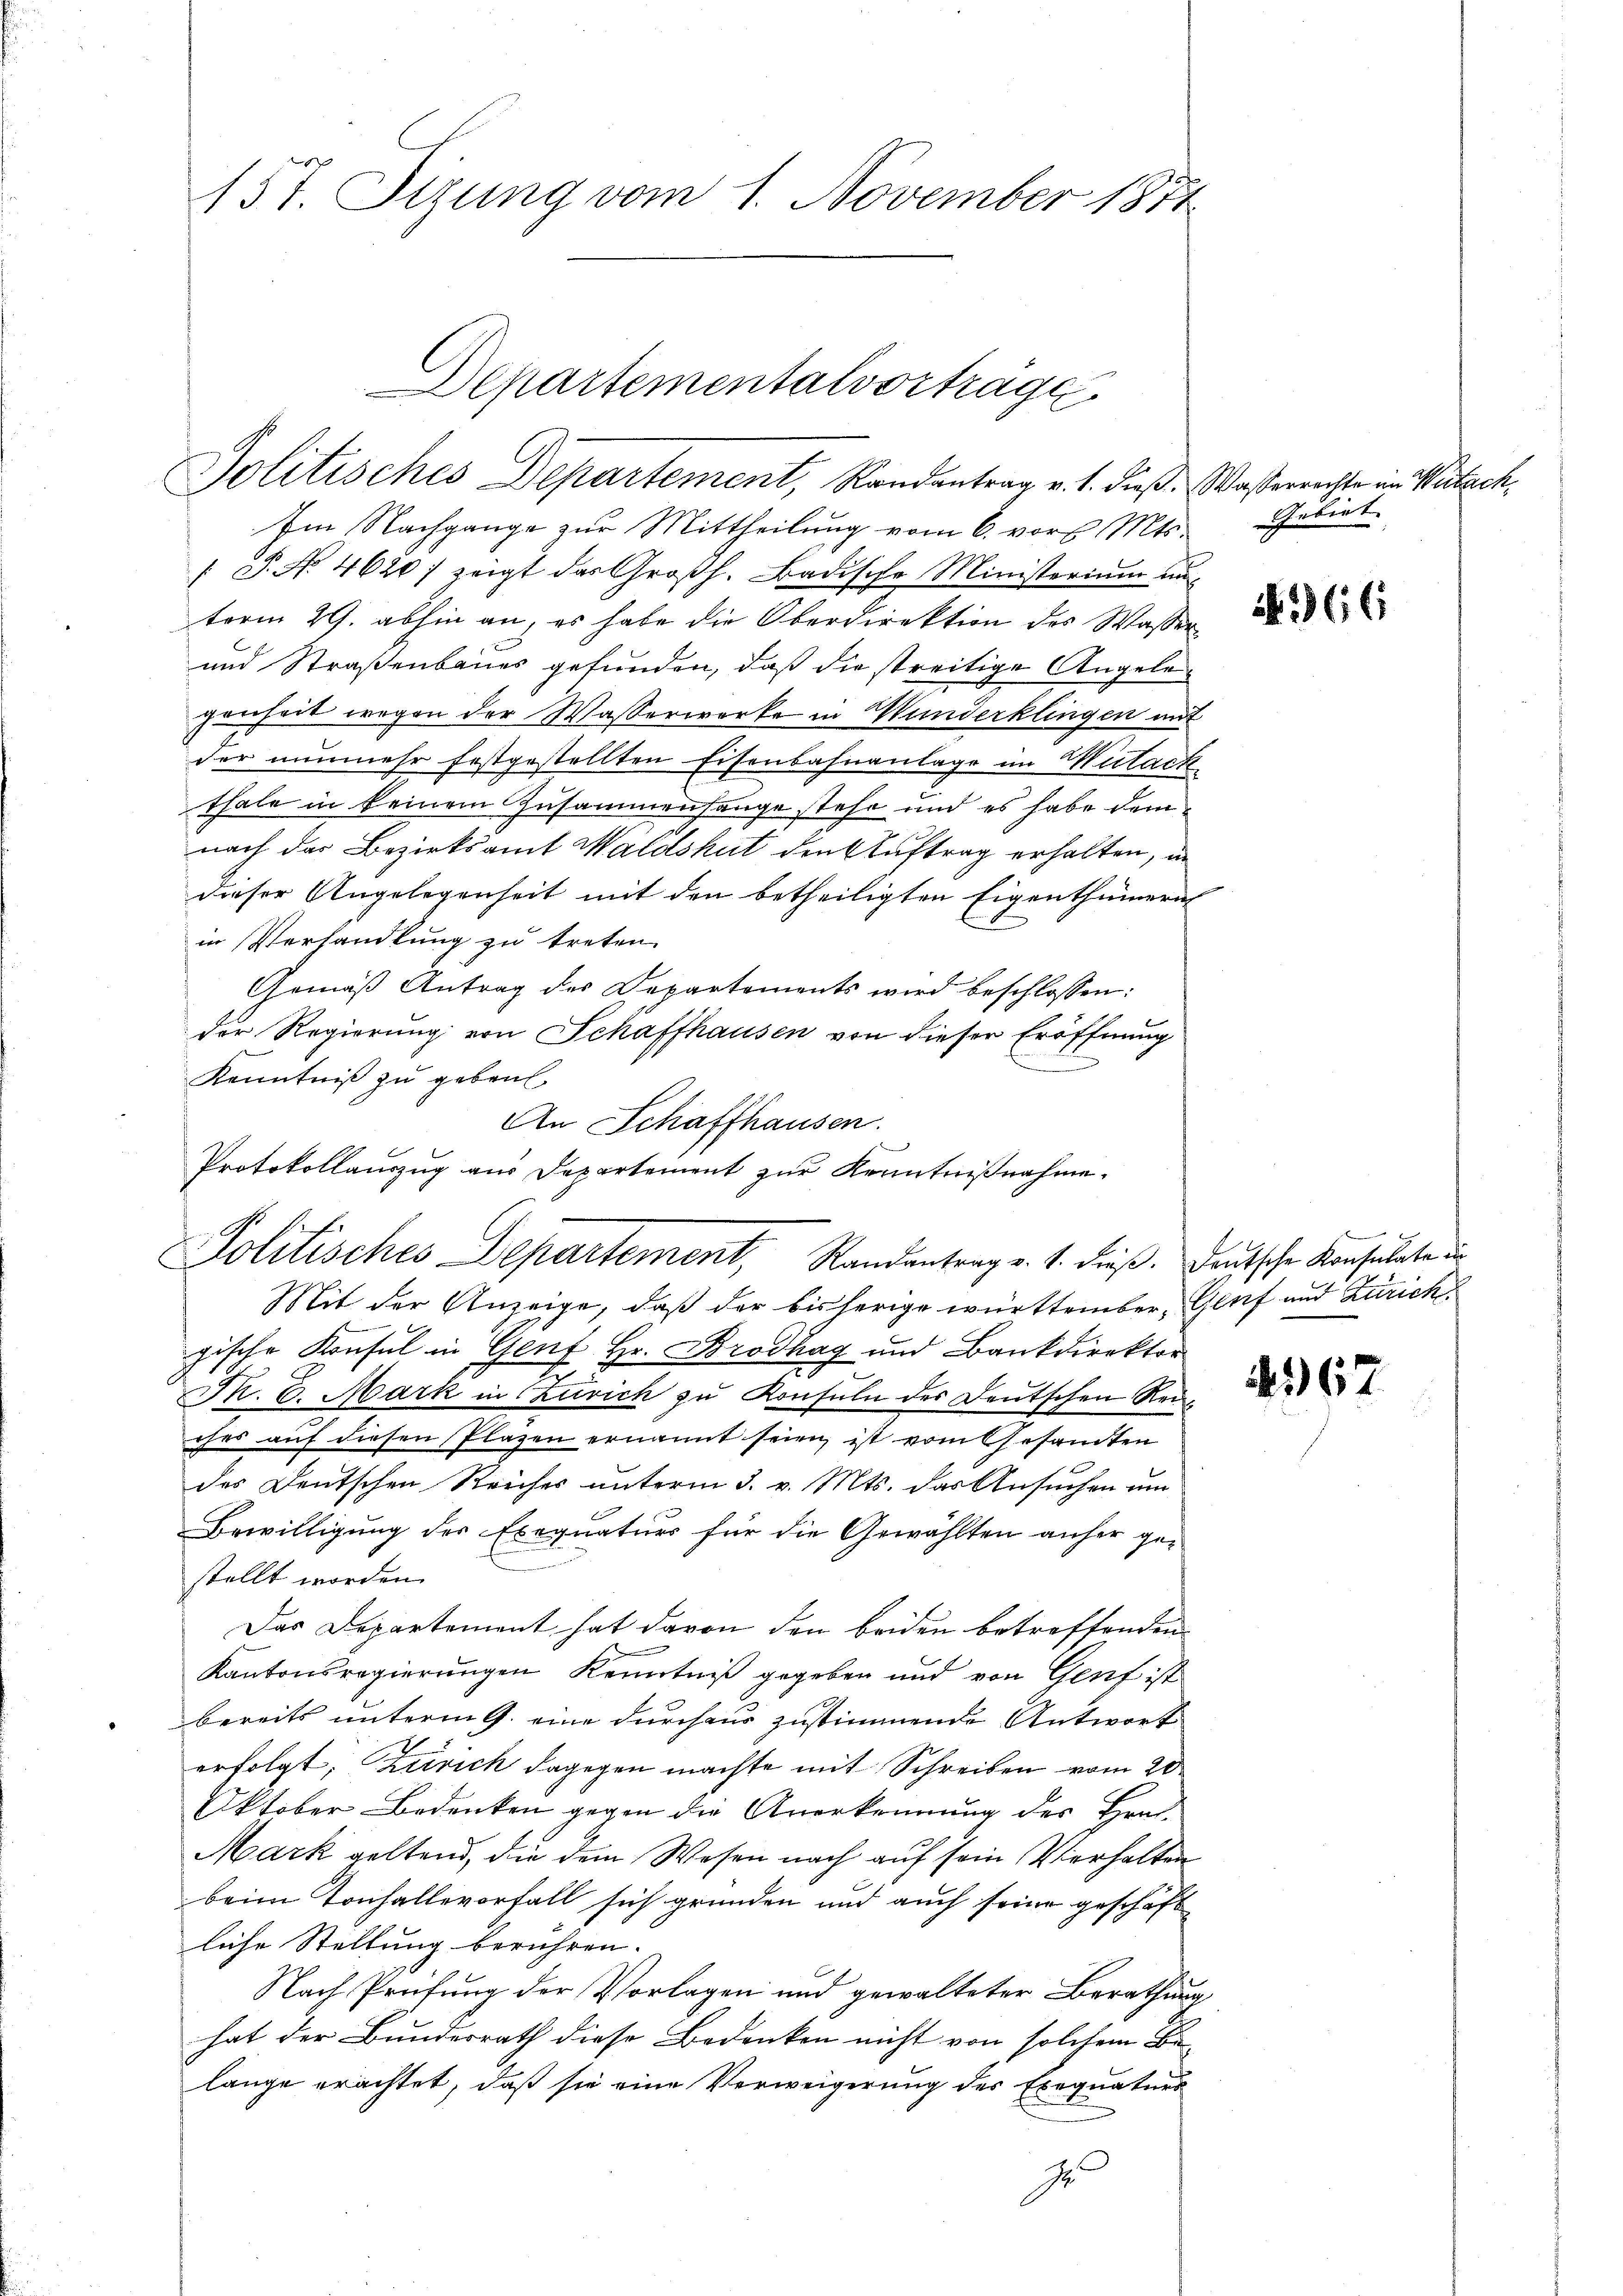
157. Sizung vom 1. November 1871

Departementalvorträge
Politisches Departement, Randantrag v. 1. dieß. Wasserrechte im Waitach¬

N 1

Im Nachgange zur Mittheilung vom 6. vor. Mts. Gebiet
 P. No 4620) zeigt das Großh. Badische Ministerium un
term 29. abhin an, es habe die Oberdirektion des Wasser
und Straßenbaues gefunden, daß die streitige Angelegenheit wegen der Wasserwerke in Wunderklingen mit
der nunmehr festgestellten Eisenbahnanlage im Mutach
thale in keinem Zusammenhange stehe und es habe dem
nach der Bezirksamt Waldshut den Auftrag erhalten, in
dieser Angelegenheit mit den betheiligten Eigenthümern
in Verhandlung zu treten.
Gemäß Antrag des Departements wird beschlossen:
der Regierung von Schaffhausen von dieser Eröffnung
Kenntniß zu gebaut.
Mit der Anzeige, daß der bisherige württember, Genf und Zürich
gische Konsul in Genf Hr. Brodhag und Bankdirektor
.
2
T. 6. Mark in Zürich zu Konsuln des Deutschen Renches auf diesen Plazen ernannt seien, ist vom Gesamten
des Deutschen Reiches unterm 3. v. Mts. das Ansuchen um
Bewilligung des Exequaturs für die Gewählten anher ge-
stellt worden.
Das Departement hat davon den beiden betreffenden
Kantonsregierungen Kenntniß gegeben und von Genf ist
bereits unterm 9. eine durchaus zustimmende Antwort
erfolgt, Zürich dagegen machte mit Schreiben vom 20.
Oktober Bedenken gegen die Anerkennung des Hrn.
Mark geltend, die dem Wesen nach auf sein Verhalten
beim Tonhallevorfall sich gründen und auch seine geschaft
liche Stellung berühren.
Nach Prüfung der Vorlagen und gewalteter Berathung
hat der Bundesrath diese Bedenken nicht von solchem Be-
lange erachtet, daß sie eine Verweigerung des Exequaturs
Je

An Schaffhausen.
Protokollauszug aus Departement zur Kenntnißnahme.
Solitisches Departement, Randantrag v. 1. dieß. Deutsche Konsulate un

66

67